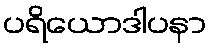
ပရိယောဒါပနာ